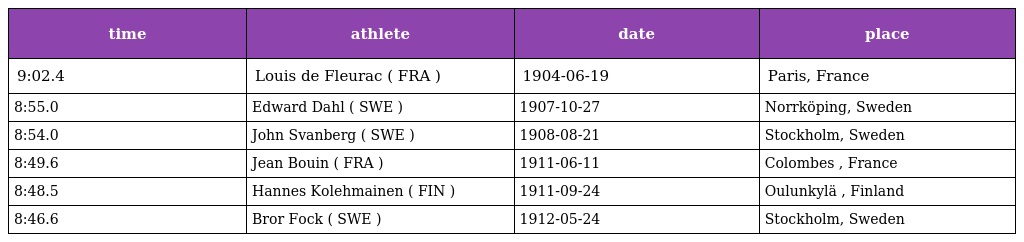
| time | athlete | date | place |
 | --- | --- | --- | --- |
 | 9:02.4 | Louis de Fleurac ( FRA ) | 1904-06-19 | Paris, France |
 | 8:55.0 | Edward Dahl ( SWE ) | 1907-10-27 | Norrköping, Sweden |
 | 8:54.0 | John Svanberg ( SWE ) | 1908-08-21 | Stockholm, Sweden |
 | 8:49.6 | Jean Bouin ( FRA ) | 1911-06-11 | Colombes , France |
 | 8:48.5 | Hannes Kolehmainen ( FIN ) | 1911-09-24 | Oulunkylä , Finland |
 | 8:46.6 | Bror Fock ( SWE ) | 1912-05-24 | Stockholm, Sweden |